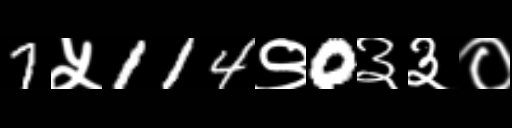
Text: 7५114९0३३०